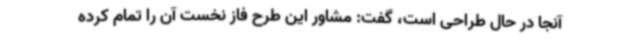
آنجا در حال طراحی است، گفت: مشاور این طرح فاز نخست آن را تمام کرده